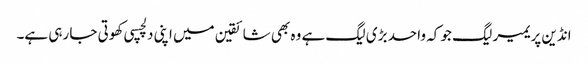
انڈین پریمیر لیگ جو کہ واحد بڑی لیگ ہے وہ بھی شائقین میں اپنی دلچسپی کھوتی جا رہی ہے۔